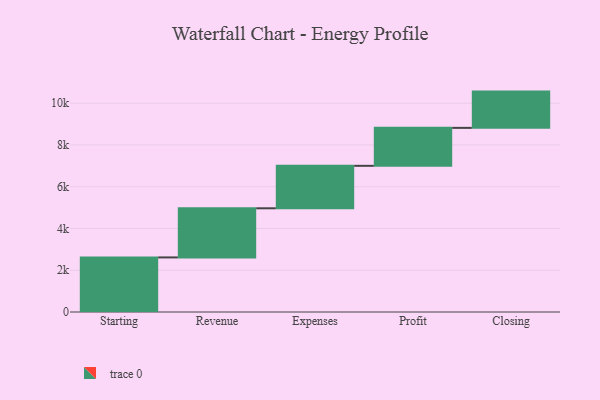
{"axis": {"x": "Step", "y": "Value"}, "legend": [""], "data": [{"x": "Starting", "y": 2614.0, "type": ""}, {"x": "Revenue", "y": 2353.0, "type": ""}, {"x": "Expenses", "y": 2034.0, "type": ""}, {"x": "Profit", "y": 1818.0, "type": ""}, {"x": "Closing", "y": 1737.0, "type": ""}]}